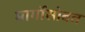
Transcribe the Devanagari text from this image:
मार्गोसोबत